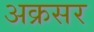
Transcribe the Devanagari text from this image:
अक्रसर